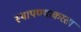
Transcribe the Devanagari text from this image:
स्थापण्याकरता